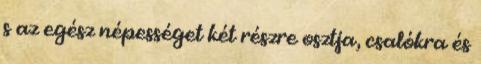
s az egész népességet két részre osztja, csalókra és